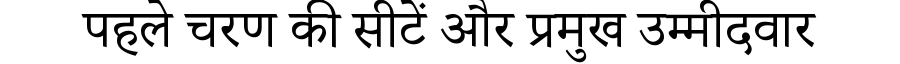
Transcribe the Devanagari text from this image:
पहले चरण की सीटें और प्रमुख उम्मीदवार